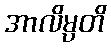
အာလိမ္ပတိ